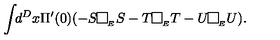
\int \! \! d ^ { D } x \Pi ^ { \prime } ( 0 ) ( - S \framebox ( 7 , 7 ) { } _ { _ { E } } S - T \framebox ( 7 , 7 ) { } _ { _ { E } } T - U \framebox ( 7 , 7 ) { } _ { _ { E } } U ) .